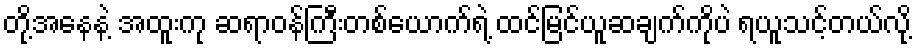
တို့အနေနဲ့ အထူးကု ဆရာဝန်ကြီးတစ်ယောက်ရဲ့ ထင်မြင်ယူဆချက်ကိုပဲ ရယူသင့်တယ်လို့